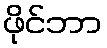
ဖိုင်ဘာ